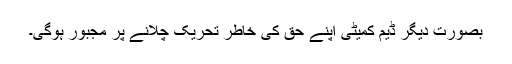
بصورت دیگر ڈیم کمیٹی اپنے حق کی خاطر تحریک چلانے پر مجبور ہوگی۔